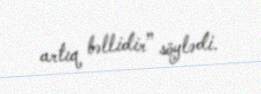
artıq bəllidir” söylədi.